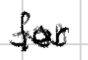
Text: for
Cross-out: zig-zag
Writing tool: digital_black